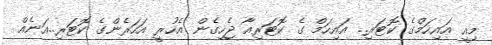
މިއީ އައިހަމްގެ ކޮޓަރި.. އައިހަމް ގެ ކޮޓަރިއާ ޖެހިގެން އެހުރީ އަހަރެންގެ ކޮޓަރި..އަނެއް